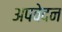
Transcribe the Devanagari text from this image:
अपवेदन